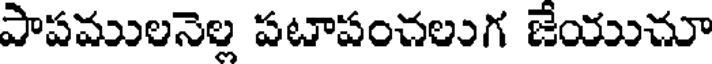
పాపములనెల్ల పటాపంచలుగ జేయుచూ